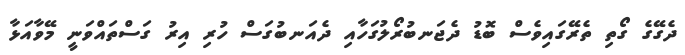
ދެގޭގެ ގޯތި ތެރޭގައިވެސް ބޮޑު ދެޖަނބުރޯލުގަހާއި ދެއަނބުގަސް ހުރި އިރު ގަސްތައްވަނީ މޭވާއަޅާ